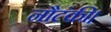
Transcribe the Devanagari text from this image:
नौटंकी।